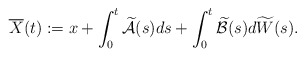
\begin{align*} \overline{X}(t):= x +\int_0^t \widetilde{\mathcal{A}}(s)ds +\int_0^t \widetilde{\mathcal{B}}(s)d\widetilde{W}(s) .\end{align*}